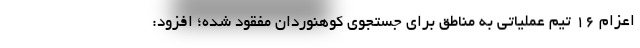
اعزام ۱۶ تیم عملیاتی به مناطق برای جستجوی کوهنوردان مفقود شده؛ افزود: